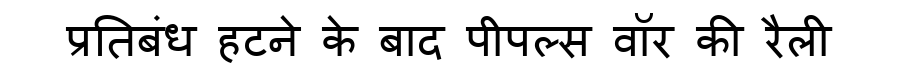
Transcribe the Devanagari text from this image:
प्रतिबंध हटने के बाद पीपल्स वॉर की रैली